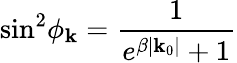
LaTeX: \sin^{2}\! \phi_{\mathbf{k}}=\frac{{1}}{{e^{\beta|\mathbf{k}_{0}|}+1}}